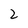
Character: 2